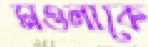
মওলাকে